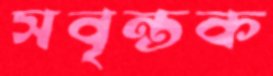
সবৃন্তক